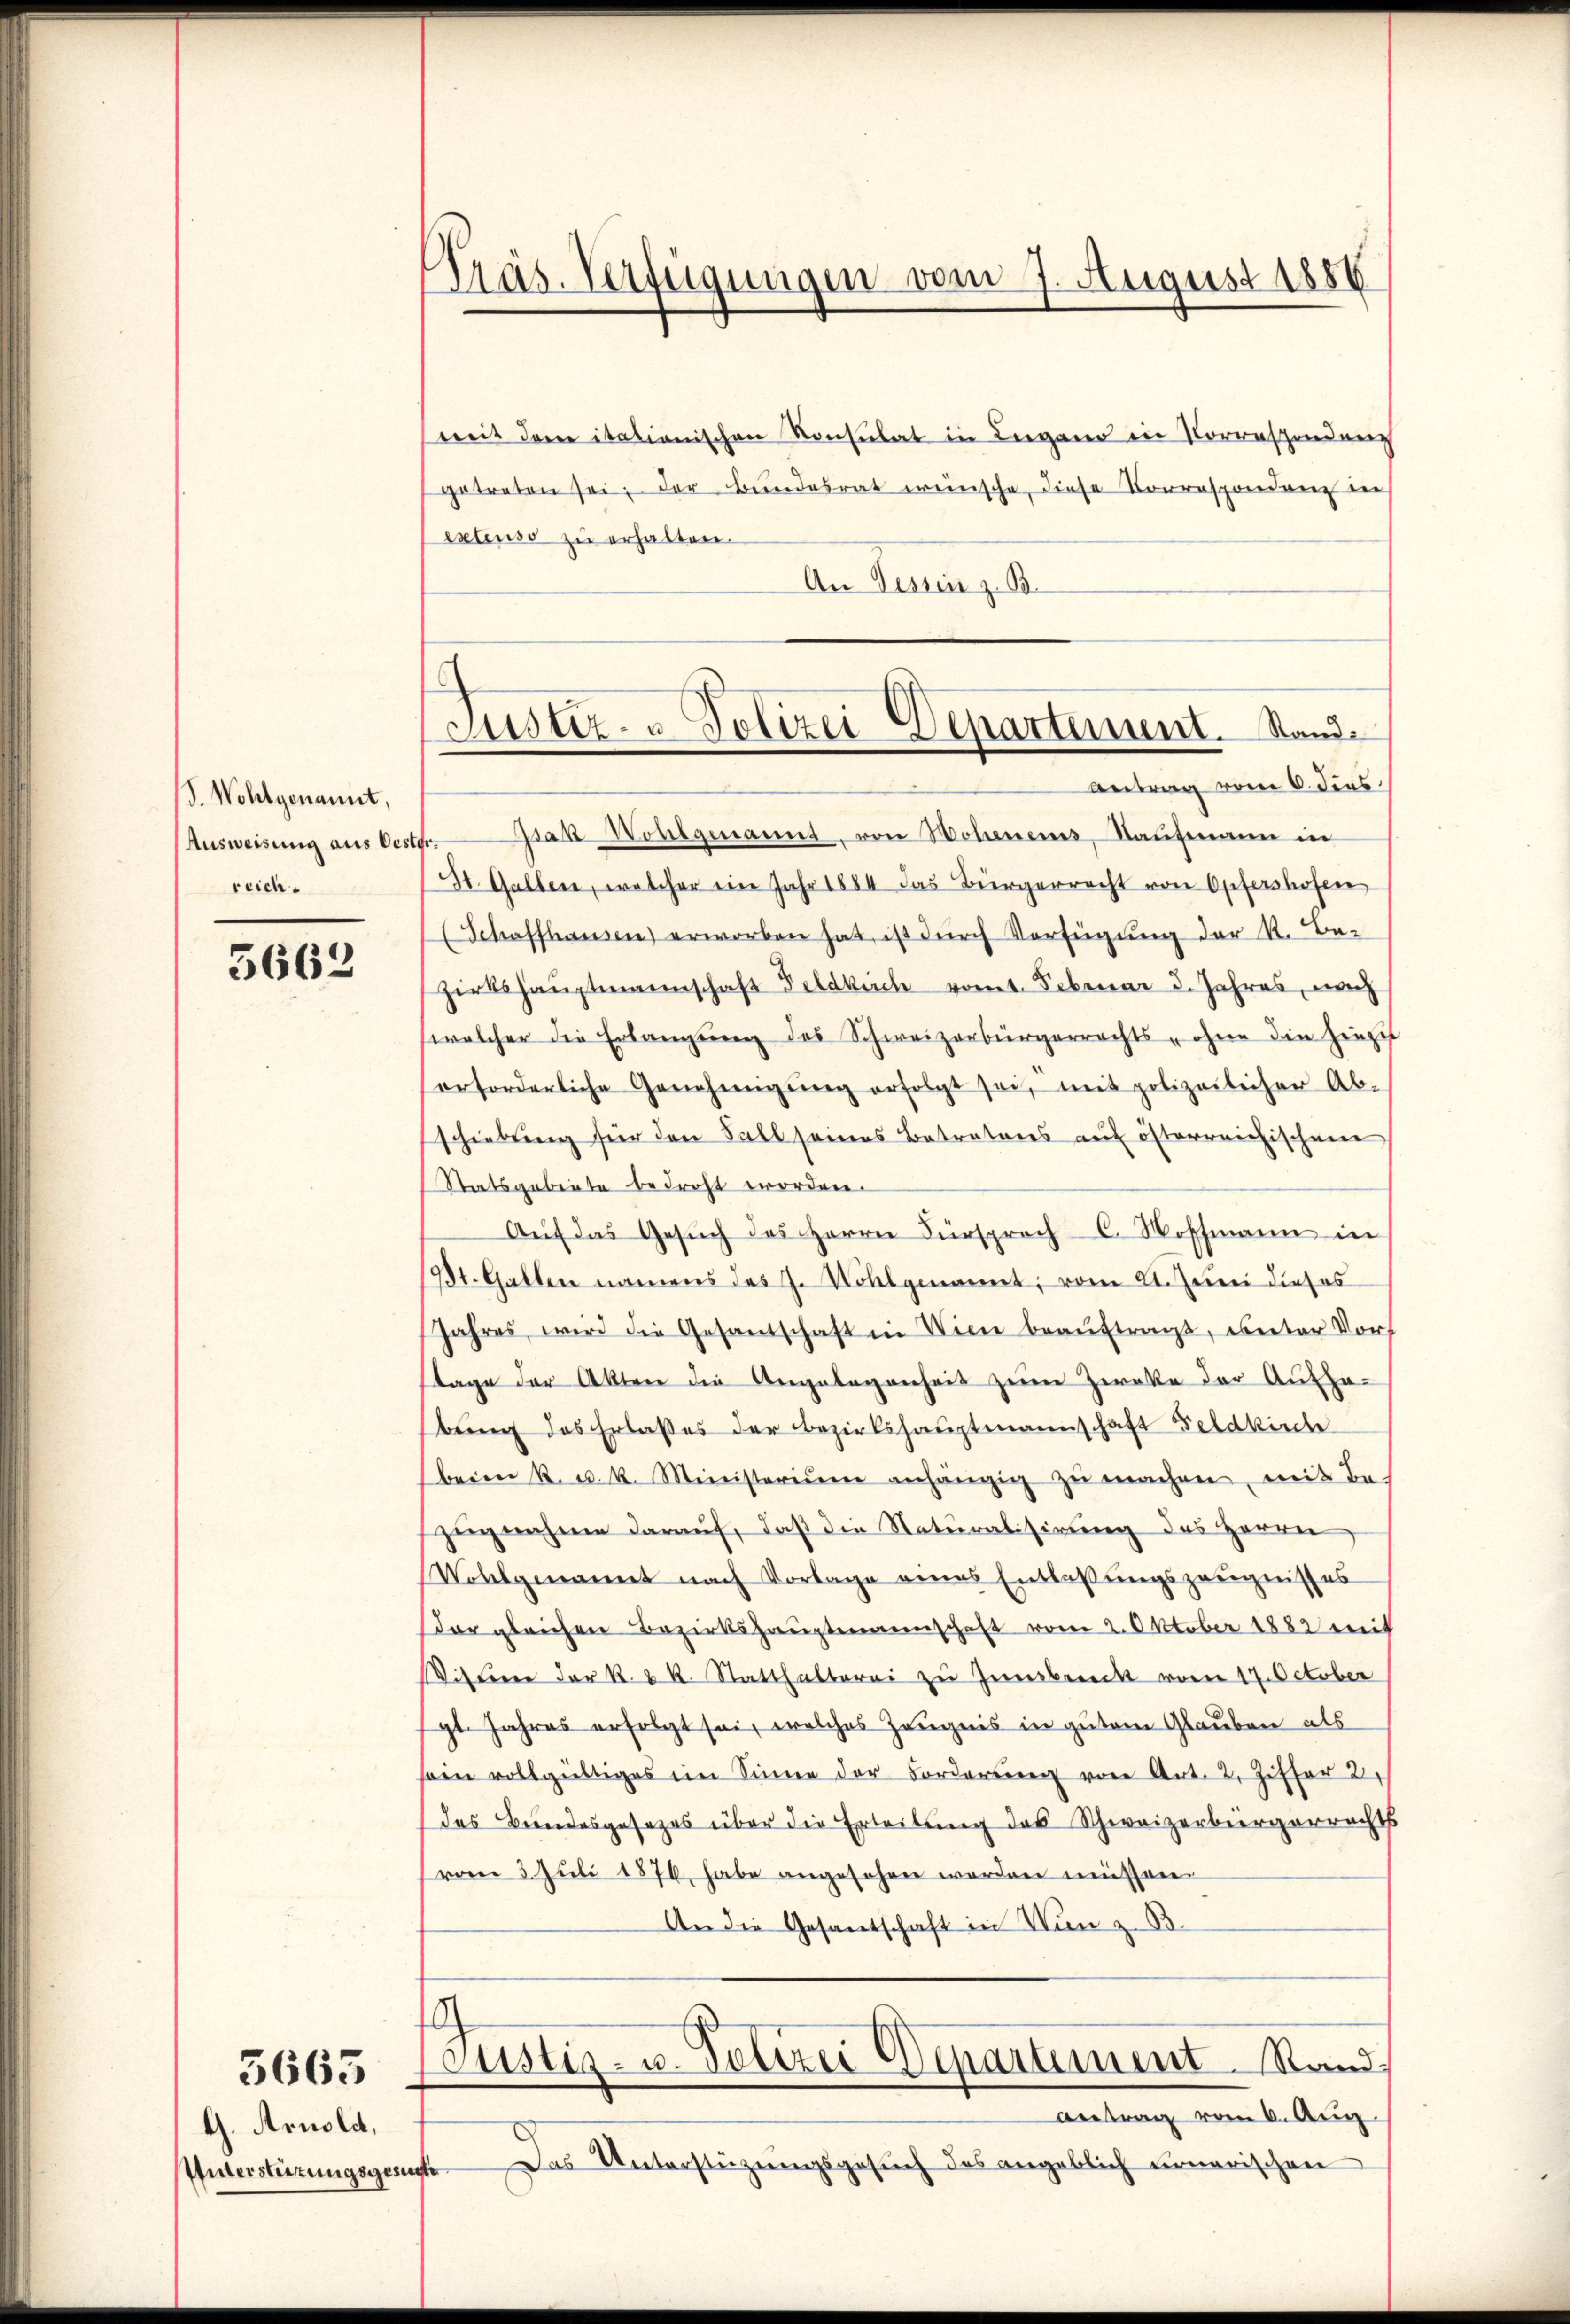
d. Wohlgenannt,
reich.

5662

G. Arnold,
Unterstüzungsgese

5663

Präs. Verfügungen vom 7. August 1886

(mit dem italienischen Konsulat in Liegend in Korrespendung
getreten sei, der Bundesrat wünsche, diese Korrespondenz in
extenso zu erhalten.
An Jesus z. B.
Ausweisung aus Oester. Isak Wenigenannt, von Hohenens, Kaŭfmann in
St. Gallen, welcher ein Jahr 1884 das Bürgerrecht von Opfershofen
(Schaffhausen) erworben hat, ist dŭrch Verfügŭng der K. Be-
Zirtshauptmannschaft Feldkich vomt. Februar d. Jahres, nach
welcher die Erlangung des Schweizerbürgerrechts- ohne die hinzuf
erforderliche Genehmigŭng erfolgt sei, mit polizeilicher Ab-
schiebung für den Fall seines Betratens auf österreichischen
Statsgebiete bedroht worden.
Aŭf das Gesŭch des Herrn Fürsprach C. Woffmann in
(St. Gallen namens des J. Wohlgenannt; vom 21. Juni dieses
Jahres wird die Gesandschaft in Wien beaŭftragt, unter Vors
stage der Akten die Angelegenheit zum Zwecke der Aufhebung des Erlaßes der Bezirkshauptmannschaft Feldkirche
beim k. u. k. Ministerium anhängig zŭ machen, mit Be-
zugnahme darauf, daß die Naturalisirung des Herrn
Vohelgenannt nach Vorlage eines Entlaßungszeugnisses
dar gleichen Bezirkshauptmannschaft vom 2. Oktober 1882 mit
Witten der K. R. Statthalterei zu Innsbruck vom 17. October
gt. Jahres erfolgt sei, welches Zeugnis in gutem Glauben als
sein vollgültiges im Sinne der Fordersee von Art. 2, Ziffer 2.
des Bundesgesezes über die Erteilung des Schweizerbürgerrechts
(vom 3. Juli 1876, habe angesehen worden müssen.
An die Gesandschaft in Von z. B.
a
Justiz- u. Polizei Departement. Stand
Antrag vom 6. Aug.
d. Das Unterstützŭngsgesŭch des angeblich umarischen

e
Justiz- u. Polizei Departement. Stande
Antrag vom 6. dies